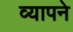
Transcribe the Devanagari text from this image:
व्यापने